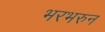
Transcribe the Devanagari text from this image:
भरभरुन